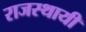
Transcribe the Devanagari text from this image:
राजस्थायी